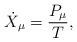
LaTeX: \begin{align*}\dot X_\mu =\frac{P_\mu }T, \end{align*}